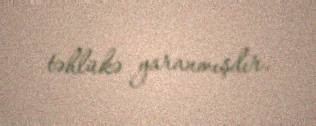
təhlükə yaranmışdır.